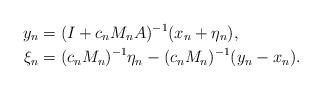
LaTeX: \begin{align*}y_n&=(I+c_nM_n A)^{-1}(x_n+\eta_n),\\\xi_n&=(c_nM_n)^{-1}\eta_n-(c_nM_n)^{-1}(y_n-x_n). \end{align*}